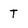
Character: T